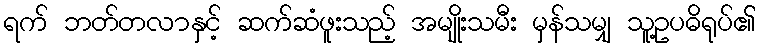
ရက် ဘတ်တလာနှင့် ဆက်ဆံဖူးသည့် အမျိုးသမီး မှန်သမျှ သူ့ဥပဓိရုပ်၏